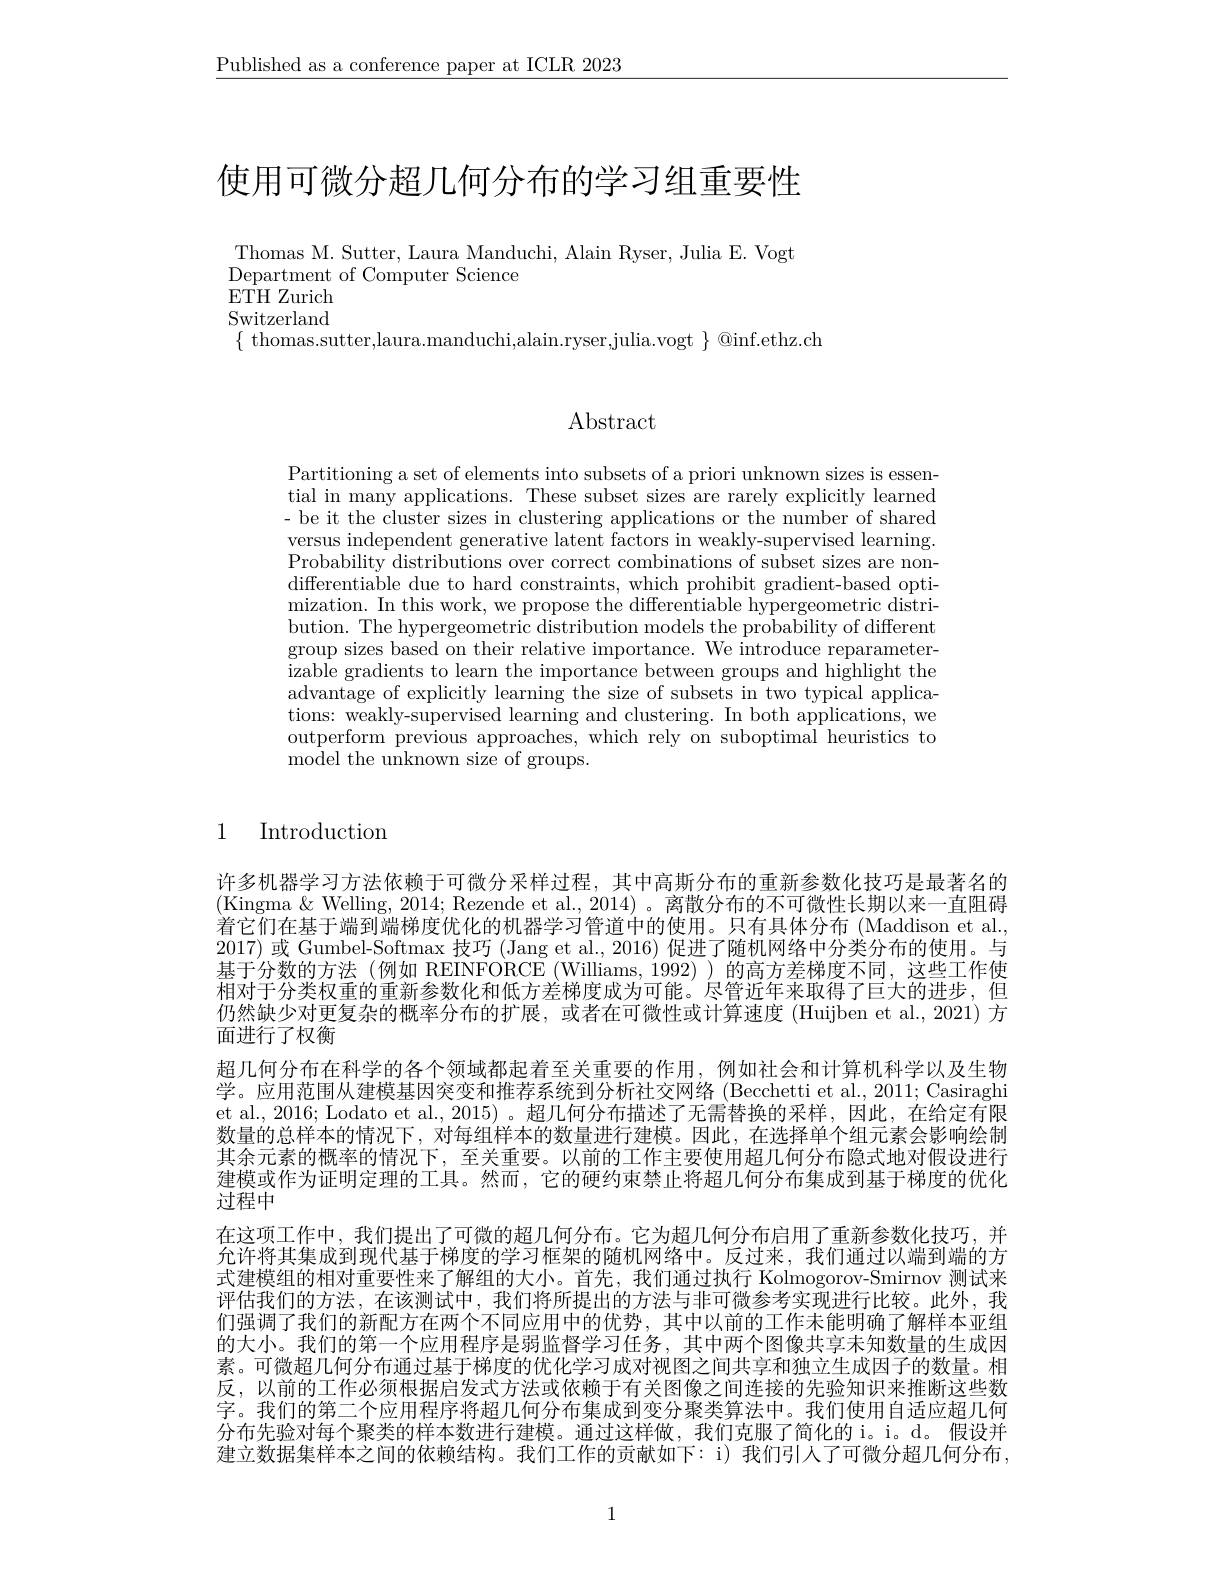
$\underline{\text{Published as a conference paper at ICLR 2023}}$

# 使用可微分超几何分布的学习组重要性

Thomas M. Sutter, Laura Manduchi, Alain Ryser, Julia E. Vogt
Department of Computer Science
$\bar{\mathrm{ETH~Zurich}}$

Switzerland
$\{$ thomas.sutter,laura.manduchi,alain.ryser,julia.vogt $\}@$inf.ethz.ch

Abstract

Partitioning a set of elements into subsets of a priori unknown sizes is essential in many applications. These subset sizes are rarely explicitly learned - be it the cluster sizes in clustering applications or the number of shared versus independent generative latent factors in weakly-supervised learning Probability distributions over correct combinations of subset sizes are nondifferentiable due to hard constraints, which prohibit gradient-based optimization. In this work, we propose the differentiable hypergeometric distribution. The hypergeometric distribution models the probability of different group sizes based on their relative importance. We introduce reparameterizable gradients to learn the importance between groups and highlight the advantage of explicitly learning the size of subsets in two typical applications: weakly-supervised learning and clustering. In both applications, we outperform previous approaches, which rely on suboptimal heuristics to ${\mathrm{model~the~unknown~size~of~groups.}}$

### 1 Introduction

许多机器学习方法依赖于可微分采样过程，其中高斯分布的重新参数化技巧是最著名的(Kingma &Welling, 2014; Rezende et al., 2014) 。离散分布的不可微性长期以来一直阻碍着它们在基于端到端梯度优化的机器学习管道中的使用。只有具体分布(Maddison et al., 2017)或 Gumbel-Softmax 技巧 (Jang et al., 2016) 促进了随机网络中分类分布的使用。与基于分数的方法(例如 REINFORCE(Williams,1992))的高方差梯度不同，这些工作使相对于分类权重的重新参数化和低方差梯度成为可能。尽管近年来取得了巨大的进步，但仍然缺少对更复杂的概率分布的扩展，或者在可微性或计算速度(Huijben et al.,2021) 方面进行了权衡
超几何分布在科学的各个领域都起着至关重要的作用，例如社会和计算机科学以及生物学。应用范围从建模基因突变和推荐系统到分析社交网络 (Becchetti et al., 2011; Casiraghi et al., 2016; Lodato et al., 2015) 。超几何分布描述了无需替换的采样，因此，在给定有限数量的总样本的情况下，对每组样本的数量进行建模。因此，在选择单个组元素会影响绘制其余元素的概率的情况下，至关重要。以前的工作主要使用超几何分布隐式地对假设进行建模或作为证明定理的工具。然而，它的硬约束禁止将超几何分布集成到基于梯度的优化$\bar{\text{过程中}}$
在这项工作中，我们提出了可微的超几何分布。它为超几何分布启用了重新参数化技巧，并允许将其集成到现代基于梯度的学习框架的随机网络中。反过来，我们通过以端到端的方式建模组的相对重要性来了解组的大小。首先，我们通过执行 Kolmogorov-Smirnov 测试来评估我们的方法，在该测试中，我们将所提出的方法与非可微参考实现进行比较。此外，我们强调了我们的新配方在两个不同应用中的优势，其中以前的工作未能明确了解样本亚组的大小。我们的第一个应用程序是弱监督学习任务，其中两个图像共享未知数量的生成因素。可微超几何分布通过基于梯度的优化学习成对视图之间共享和独立生成因子的数量。相反，以前的工作必须根据启发式方法或依赖于有关图像之间连接的先验知识来推断这些数字。我们的第二个应用程序将超几何分布集成到变分聚类算法中。我们使用自适应超几何分布先验对每个聚类的样本数进行建模。通过这样做，我们克服了简化的 i。i。d。假设并建立数据集样本之间的依赖结构。我们工作的贡献如下：i) 我们引人了可微分超几何分布，

1